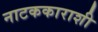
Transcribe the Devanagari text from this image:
नाटककाराशी